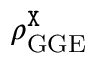
\rho _ { \mathrm { G G E } } ^ { \tt X }